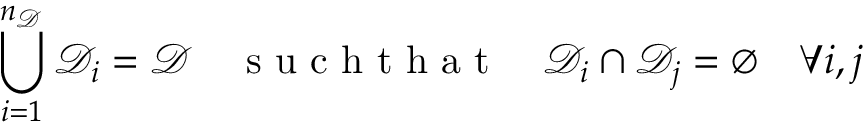
\bigcup _ { i = 1 } ^ { n _ { \mathcal { D } } } \mathcal { D } _ { i } = \mathcal { D } \quad \mathrm { ~ s ~ u ~ c ~ h ~ t ~ h ~ a ~ t ~ } \quad \mathcal { D } _ { i } \cap \mathcal { D } _ { j } = \emptyset \quad \forall i , j